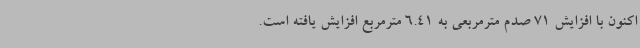
اکنون با افزایش 71 صدم مترمربعی به 6.41 مترمربع افزایش یافته است.